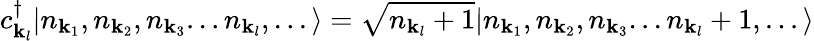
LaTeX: c_{{\mathbf{k}}_{l}}^{\dagger}|n_{{\mathbf{k}}_{1}},n_{{\mathbf{k}}_{2}},n_{{\mathbf{k}}_{3}}...n_{{\mathbf{k}}_{l}},...\rangle={\sqrt{n_{{\mathbf{k}}_{l}}+1}}|n_{{\mathbf{k}}_{1}},n_{{\mathbf{k}}_{2}},n_{{\mathbf{k}}_{3}}...n_{{\mathbf{k}}_{l}}+1,...\rangle